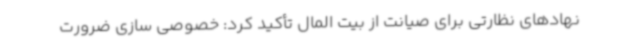
نهادهای نظارتی برای صیانت از بیت المال تأکید کرد: خصوصی سازی ضرورت